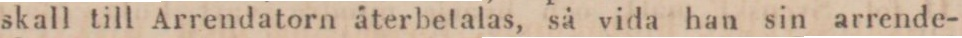
skall till Arrendatorn återbetalas, så vida han sin arrende-